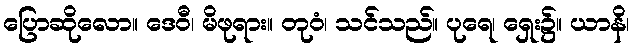
ပြောဆိုလော။ ဒေဝီ၊ မိဖုရား။ တုဝံ၊ သင်သည်။ ပုရေ၊ ရှေး၌။ ယာနိ၊